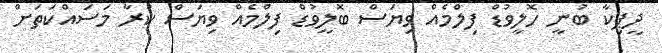
ދީޕިކާ ބުނީ ހޮލީވުޑް ފިލްމެއް ވިޔަސް ބޮލީވުޑް ފިލްމެއް ވިޔަސް ކުރާ މަސައްކަތަށް